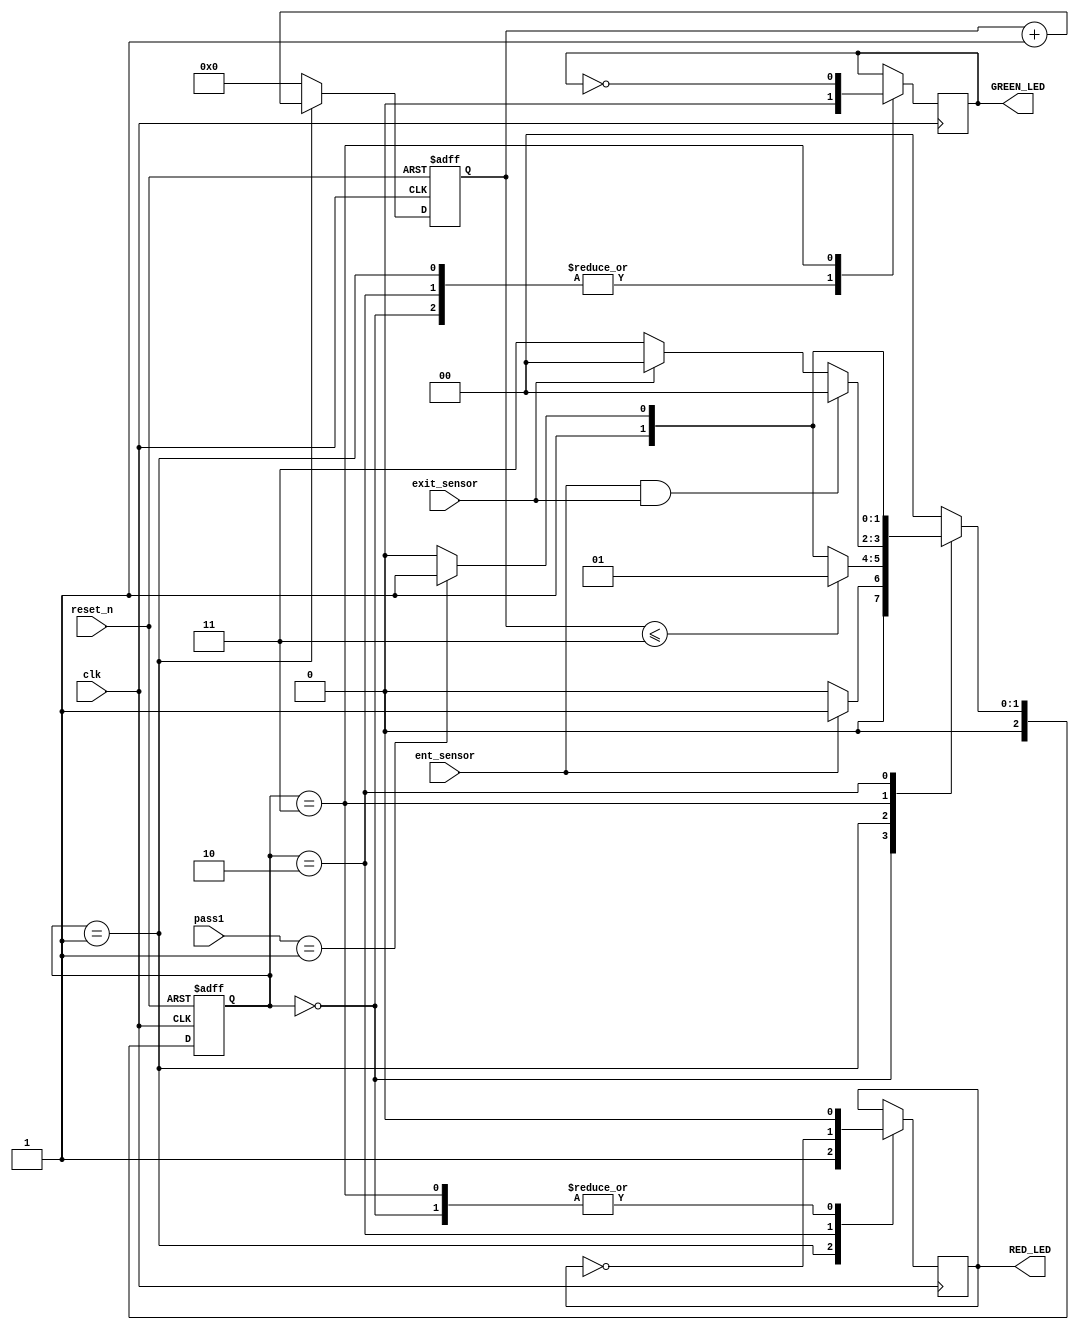
module car(clk,reset_n,ent_sensor,exit_sensor,pass1,GREEN_LED,RED_LED);
input clk,reset_n,ent_sensor,exit_sensor;
input [1:0] pass1;
output wire GREEN_LED,RED_LED;

parameter idle = 3'b000, wait_pass = 3'b001, wrong_pass = 3'b010, right_pass = 3'b011;
reg[2:0] current_state, next_state;
reg[31:0] counter_wait;
reg red_tmp,green_tmp;



always @(posedge clk or negedge reset_n)
begin
if(~reset_n)
current_state = idle;
else
current_state = next_state;
end


always @(posedge clk or negedge reset_n)
begin
if(~reset_n)
counter_wait <= 0;
else if(current_state==wait_pass)
counter_wait <= counter_wait + 1;
else
counter_wait <= 0; 
end


always @(*)
begin
case(current_state)

idle: begin
if(ent_sensor == 1)
next_state = wait_pass;
else
next_state = idle;
end

wait_pass: begin
if(counter_wait <= 3)
next_state = wait_pass;
else
begin
if(pass1==2'b01)
next_state = right_pass;
else
next_state = wrong_pass;
end
end

right_pass: begin
if(ent_sensor==1 && exit_sensor == 1)
next_state = idle;
else if(exit_sensor== 1)
next_state = idle;
else
next_state = right_pass; 
end


wrong_pass: begin
if(pass1==2'b01)
next_state = right_pass;
else
next_state = wrong_pass;
end





default: next_state = idle;
endcase
end

always @(posedge clk) begin 
 case(current_state)
 idle: begin
 green_tmp = 1'b0;
 red_tmp = 1'b0;
 
 end
 
 wait_pass: begin
 green_tmp = 1'b0;
 red_tmp = 1'b1;
 
 end
 
 wrong_pass: begin
 green_tmp = 1'b0;
 red_tmp = ~red_tmp;
 
 end
 
 right_pass: begin
 green_tmp = ~green_tmp;
 red_tmp = 1'b0;
 
 end
 
 
 endcase
 end
 assign RED_LED = red_tmp  ;
 assign GREEN_LED = green_tmp;


endmodule